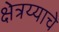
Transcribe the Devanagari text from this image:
क्षेत्रय्याचे